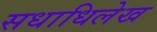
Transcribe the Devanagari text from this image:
सधाधिलेख